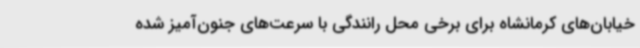
خیابان‌های کرمانشاه برای برخی محل رانندگی با سرعت‌های جنون‌آمیز شده